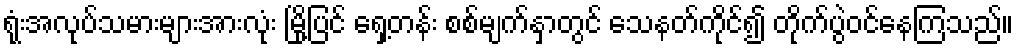
ရုံးအလုပ်သမားများအားလုံး မြို့ပြင် ရှေ့တန်း စစ်မျက်နှာတွင် သေနတ်ကိုင်၍ တိုက်ပွဲဝင်နေကြသည်။